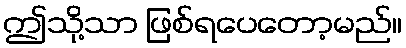
ဤသို့သာ ဖြစ်ရပေတော့မည်။